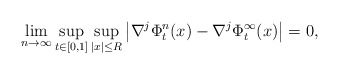
\begin{align*}\lim_{n\to\infty}\sup_{t\in[0,1]}\sup_{|x|\leq R} \left| \nabla^j\Phi^n_t(x)-\nabla^j\Phi^\infty_t(x) \right|=0,\end{align*}